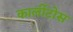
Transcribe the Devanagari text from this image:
कार्लीटोस